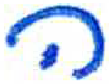
אות: ה